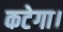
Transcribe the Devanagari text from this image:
कटेगा।